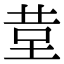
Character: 𮎹